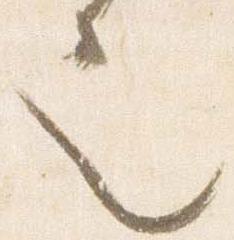
也